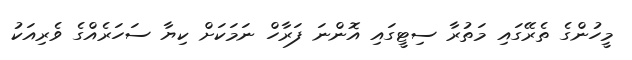
މީހުންގެ ތެރޭގައި މަތުރާ ސިޓީގައި އޮންނަ ފަރާހް ނަމަކަށް ކިޔާ ސަހަރެއްގެ ވެރިއަކު